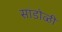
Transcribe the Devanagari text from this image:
सांडोळी